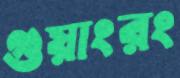
গুয়াংরং